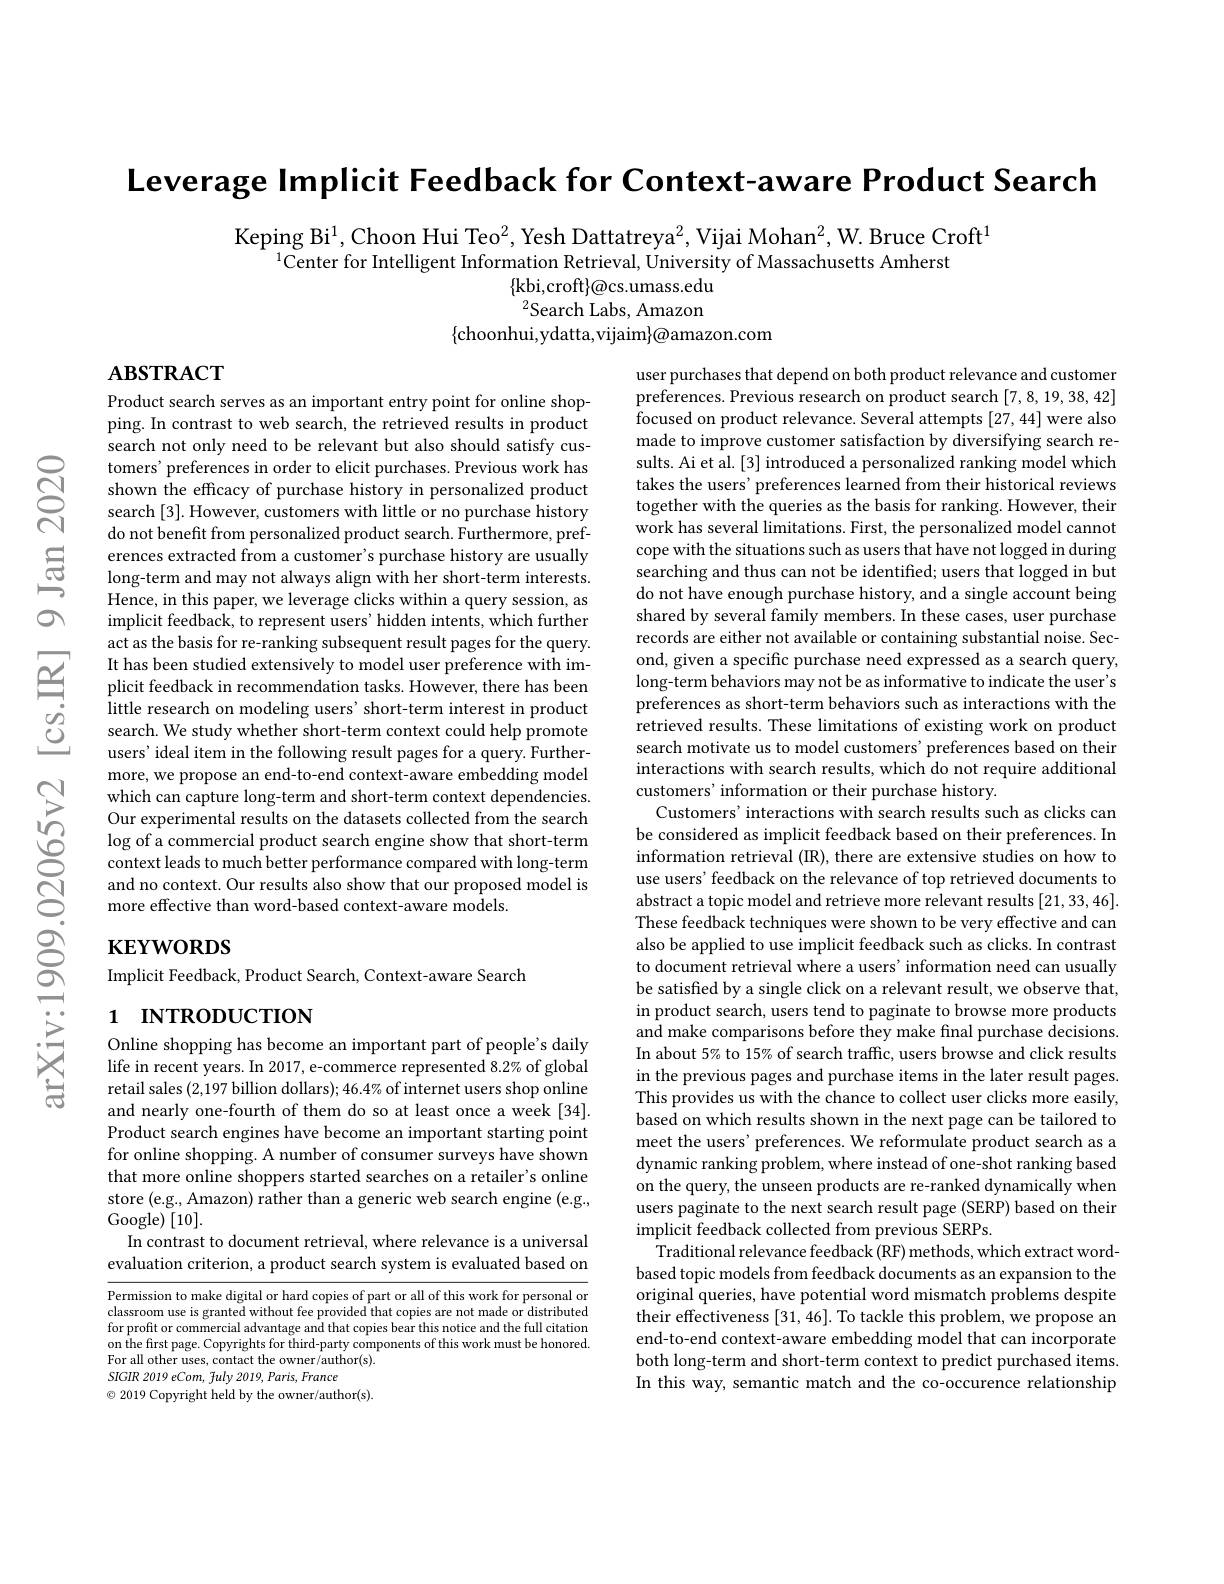
Leverage Implicit Feedback for Context-aware Product Search

Keping Bi$^{1}$, Choon Hui Teo$^2$, Yesh Dattatreya$^2$, Vijai Mohan$^2$, W. Bruce Croft$^1$
$^{1}$Center for Intelligent Information Retrieval, Úniversity of Massachusetts Amherst
$\{$kbi,croft$\}\textcircled{a}$cs.umass.edu $^{2}$Search Labs, Amazon
$\{$choonhui,ydatta,vijaim$\}\textcircled{a}$amazon.com

# $\mathbf{ABSTRACT}$

Product search serves as an important entry point for online shopping. In contrast to web search, the retrieved results in product search not only need to be relevant but also should satisfy customers' preferences in order to elicit purchases. Previous work has shown the efficacy of purchase history in personalized product search [3]. However, customers with little or no purchase history do not benefit from personalized product search. Furthermore, preferences extracted from a customer's purchase history are usually long-term and may not always align with her short-term interests. Hence, in this paper, we leverage clicks within a query session, as implicit feedback, to represent users' hidden intents, which further act as the basis for re-ranking subsequent result pages for the query. It has been studied extensively to model user preference with implicit feedback in recommendation tasks. However, there has been little research on modeling users' short-term interest in product search. We study whether short-term context could help promote users' ideal item in the following result pages for a query. Furthermore, we propose an end-to-end context-aware embedding model which can capture long-term and short-term context dependencies. Our experimental results on the datasets collected from the search $\log$ of a commercial product search engine show that short-term context leads to much better performance compared with long-term and no context. Our results also show that our proposed model is more effective than word-based context-aware models.

user purchases that depend on both product relevance and customer preferences. Previous research on product search [7,8,19,38,42] focused on product relevance. Several attempts [27,44] were also made to improve customer satisfaction by diversifying search results. Ai et al. [3] introduced a personalized ranking model which takes the users' preferences learned from their historical reviews together with the queries as the basis for ranking. However, their work has several limitations. First, the personalized model cannot cope with the situations such as users that have not logged in during searching and thus can not be identified; users that logged in but do not have enough purchase history, and a single account being shared by several family members. In these cases, user purchase records are either not available or containing substantial noise. Second, given a specific purchase need expressed as a search query, long-term behaviors may not be as informative to indicate the user's preferences as short-term behaviors such as interactions with the retrieved results. These limitations of existing work on product search motivate us to model customers' preferences based on their interactions with search results, which do not require additional customers' information or their purchase history.
Customers' interactions with search results such as clicks can be considered as implicit feedback based on their preferences. In information retrieval (IR), there are extensive studies on how to use users' feedback on the relevance of top retrieved documents to abstract a topic model and retrieve more relevant results [21,33,46]. These feedback techniques were shown to be very effective and can also be applied to use implicit feedback such as clicks. In contrast to document retrieval where a users' information need can usually be satisfied by a single click on a relevant result, we observe that, in product search, users tend to paginate to browse more products and make comparisons before they make final purchase decisions. In about 5% to 15% of search traffic, users browse and click results in the previous pages and purchase items in the later result pages. This provides us with the chance to collect user clicks more easily, based on which results shown in the next page can be tailored to meet the users' preferences. We reformulate product search as a dynamic ranking problem, where instead of one-shot ranking based on the query, the unseen products are re-ranked dynamically when users paginate to the next search result page (SERP) based on their implicit feedback collected from previous SERPs.
Traditional relevance feedback (RF) methods, which extract wordbased topic models from feedback documents as an expansion to the original queries, have potential word mismatch problems despite their effectiveness [31,46]. To tackle this problem, we propose an end-to-end context-aware embedding model that can incorporate both long-term and short-term context to predict purchased items In this way, semantic match and the co-occurence relationship

# $\mathbf{KEYWORDS}$

Implicit Feedback, Product Search, Context-aware Search

# 1 INTRODUCTION

Online shopping has become an important part of people's daily life in recent years. In 2017, e-commerce represented 8.2% of global retail sales (2,197 billion dollars$);46.4\%$ of internet users shop online and nearly one-fourth of them do so at least once a week [34]. Product search engines have become an important starting point for online shopping. A number of consumer surveys have shown that more online shoppers started searches on a retailer's online store (e.g., Amazon) rather than a generic web search engine (e.g., Google$) \left [ 10\right ] .$
In contrast to document retrieval, where relevance is a universal evaluation criterion, a product search system is evaluated based on

Permission to make digital or hard copies of part or all of this work for personal or classroom use is granted without fee provided that copies are not made or distributed for profit or commercial advantage and that copies bear this notice and the full citation on the first page. Copyrights for third-party components of this work must be honored. For all other uses, contact the owner/author(s).
SIGIR 2019 eCom, fuly 2019, Paris, France
$\odot$ 2019 Copyright held by the owner/author(s).